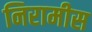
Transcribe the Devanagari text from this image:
निरामीस